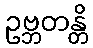
ဥဗ္ဘတန္တိ